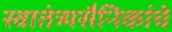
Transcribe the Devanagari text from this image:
स्वातंत्र्यसैनिकांचे